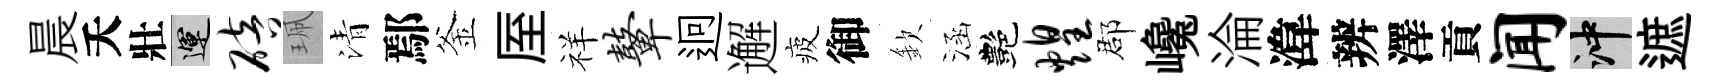
晨夭壯運碚珮清鄢釜厔祥鼙迥邂疲御欽涵艷煌郡巉淪湋辨澤貢闻冲遮